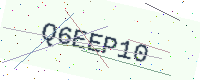
Text: Q6EEP10